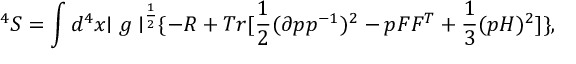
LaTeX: ^ 4 S = \int d ^ { 4 } x { \mid g \mid } ^ { \frac { 1 } { 2 } } \{ - R + T r [ \frac { 1 } { 2 } ( \partial p p ^ { - 1 } ) ^ { 2 } - p F F ^ { T } + \frac { 1 } { 3 } ( p H ) ^ { 2 } ] \} ,